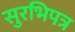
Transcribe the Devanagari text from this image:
सुरभिपत्र